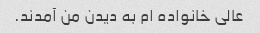
عالی خانواده ام به دیدن من آمدند.